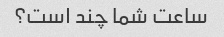
ساعت شما چند است؟